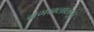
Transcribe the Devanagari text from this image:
नगजलालपुर